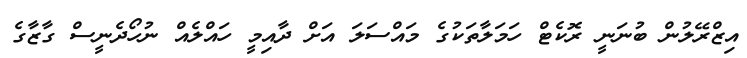
އިޒްރޭލުން ބުނަނީ ރޮކެޓް ހަމަލާތަކުގެ މައްސަލަ އަށް ދާއިމީ ހައްލެއް ނުހޯދެނީސް ގާޒާގެ